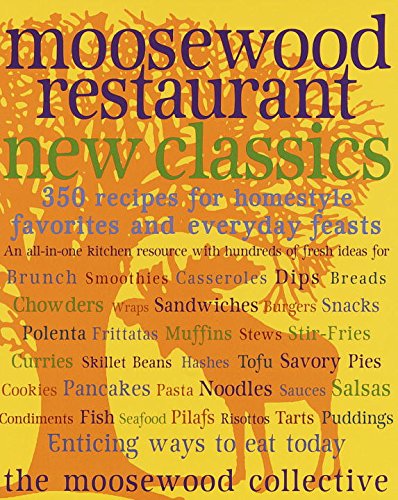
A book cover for Moosewood Restaurant New Classics; Moosewood Collective; Cookbooks, Food & Wine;